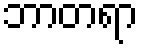
ဘာတရာ